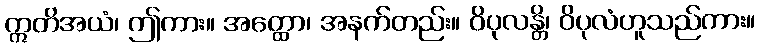
ဣတိအယံ၊ ဤကား။ အတ္ထော၊ အနက်တည်း။ ဝိပုလန္တိ၊ ဝိပုလံဟူသည်ကား။